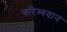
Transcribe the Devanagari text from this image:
चरित्र्यवान